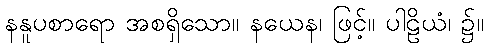
နနူပစာရော အစရှိသော။ နယေန၊ ဖြင့်။ ပါဠိယံ၊ ၌။